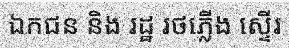
ឯកជន និង រដ្ឋ រថភ្លើង ស្ទើរ